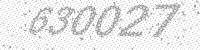
Solution: 630027